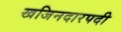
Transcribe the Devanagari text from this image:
खजिनदारपदी